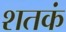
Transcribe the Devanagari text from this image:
शतकं